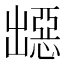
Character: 𭃁